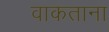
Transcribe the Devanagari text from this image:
वाकताना